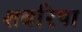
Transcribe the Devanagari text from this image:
शवरिपा